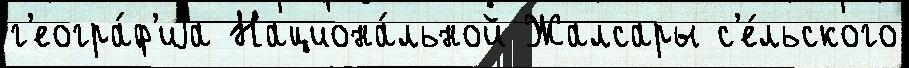
г'еогра́ф'иjа Национа́льной Жалсары с'е́льского